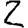
Digit: 2